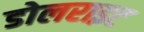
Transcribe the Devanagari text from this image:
डोलराइट